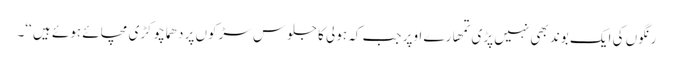
رنگوں کی ایک بوند بھی نہیں پڑی تمھارے اوپر جب کہ ہولی کا جلوس سڑکوں پر دھماچوکڑی مچائے ہوئے ہیں ‘‘۔